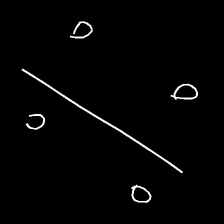
Glyph: cool